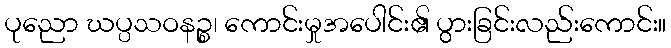
ပုညော ဃပ္ပသဝနဉ္စ၊ ကောင်းမှုအပေါင်း၏ ပွားခြင်းလည်းကောင်း။